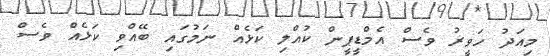
މިއަދު ހަވީރު ވެސް އެމްޑީޕީން ކުއްލި ކަޅެއް ނަމުގަައި ބޭއްވި ކަޅެއް ވެސް